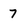
Character: 7